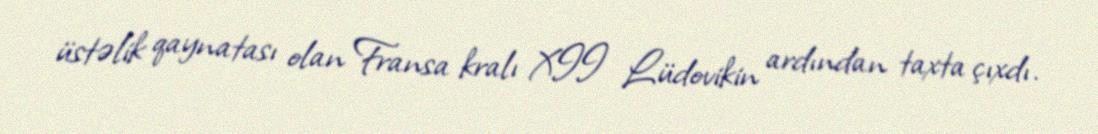
üstəlik qaynatası olan Fransa kralı XII Lüdovikin ardından taxta çıxdı.